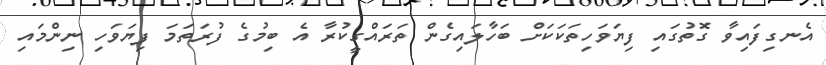
އެނގިފައިވާ ގޮތުގައި ފިޔަވަހިތަކަކަށް ބަހާލައިގެން ތަރައްގީކުރާ އެ ބިމުގެ ފުރަތަމަ ފިޔަވަހި ނިންމައި